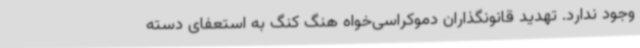
وجود ندارد. تهدید قانونگذاران دموکراسی‌خواه هنگ کنگ به استعفای دسته